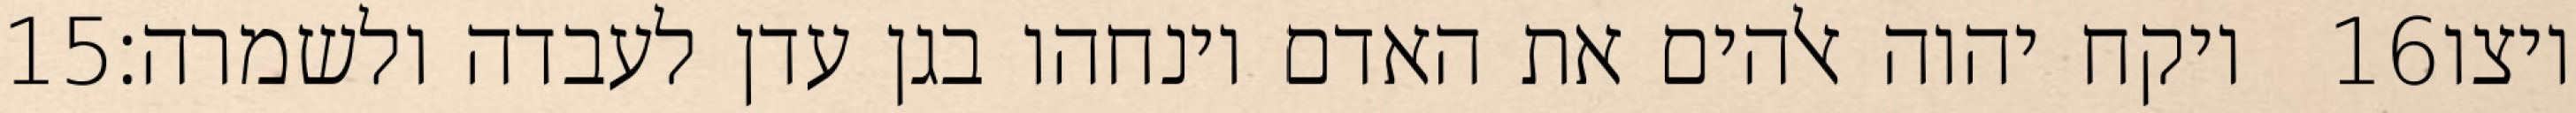
‎15‏ ויקח יהוה אלהים את האדם וינחהו בגן עדן לעבדה ולשמרה׃ ‎16‏ ויצו